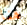
هنا